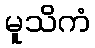
မူသိကံ